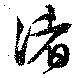
渚